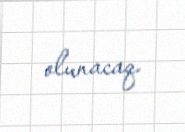
olunacaq.